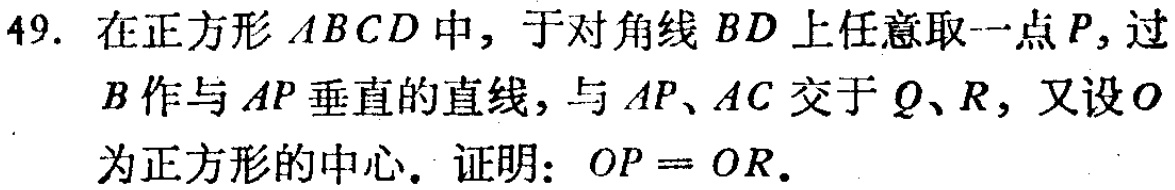
49. 在正方形 \(ABCD\) 中，于对角线 \(BD\) 上任意取一点 \(P\)，过 \(B\) 作与 \(AP\) 垂直的直线，与 \(AP、AC\) 交于 \(Q、R\)，又设 \(O\) 为正方形的中心。证明：\(OP = OR\)。